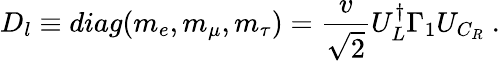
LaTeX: D_{l}\equiv diag(m_{e},m_{\mu},m_{\tau})=\frac{v}{\sqrt{2}}U_{L}^{\dagger}\Gamma_{1}U_{C_{R}}\ .